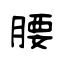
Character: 腰